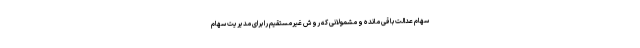
سهام عدالت باقی مانده و مشمولانی که روش غیرمستقیم را برای مدیریت سهام